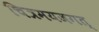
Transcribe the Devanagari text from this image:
चित्रमयजगत्‌